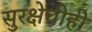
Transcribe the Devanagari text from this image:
सुरक्षेचीही